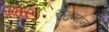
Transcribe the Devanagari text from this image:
रोमुलान